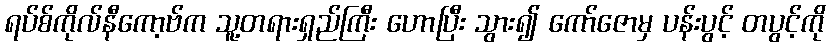
ရပ်စ်ကိုလ်နီကော့ဗ်က သူ့တရားရှည်ကြီး ဟောပြီး သွား၍ ကော်ဇောမှ ပန်းပွင့် တပွင့်ကို